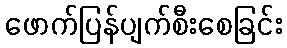
ဖောက်ပြန်ပျက်စီးစေခြင်း